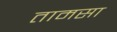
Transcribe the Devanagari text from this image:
तामसा